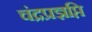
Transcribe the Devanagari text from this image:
चंद्रप्रज्ञप्ति